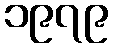
၁၉၇၉